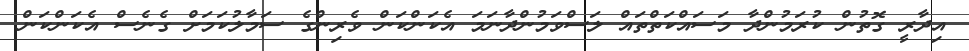
އިދާރީ ގޮތުން ކުރަމުންދާ މަސައްކަތްތައް ލަސްވަމުންދާނަމަ އެކަންކަން ވެރިންގެ ސަމާލުކަމަށް ގެނެސް އެކަންކަން